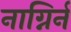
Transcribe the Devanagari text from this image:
नाग्निर्न